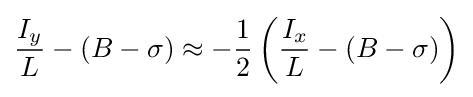
{\frac {I_{y}}{L}}-(B-\sigma )\approx -{\frac {1}{2}}\left({\frac {I_{x}}{L}}-(B-\sigma )\right)